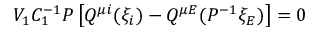
V _ { 1 } C _ { 1 } ^ { - 1 } { \cal P } \left[ Q ^ { \mu i } ( \xi _ { i } ) - Q ^ { \mu E } ( { \cal P } ^ { - 1 } \xi _ { E } ) \right] = 0